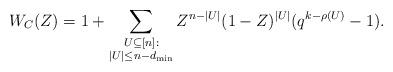
LaTeX: \begin{align*} W_C(Z) = 1 + \sum_{\substack{U \subseteq [n]: \\ |U| \leq n-d_{\min}}} Z^{n- |U|} (1-Z)^{|U|} (q^{k-\rho(U)} - 1).\end{align*}